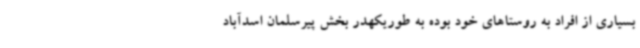
بسیاری از افراد به روستاهای خود بوده به طوریکهدر بخش پیرسلمان اسدآباد